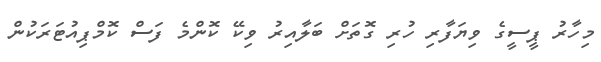
މިހާރު ޕީސީގެ ވިޔަފާރި ހުރި ގޮތަށް ބަލާއިރު ވިކޭ ކޮންމެ ފަސް ކޮމްޕިއުޓަރަކުން